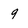
Character: 9